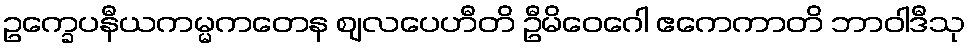
ဥက္ခေပနီယကမ္မကတေန ဈလပေဟီတိ ဦမိဝေဂေါ ဧကေကာတိ ဘာဝါဒီသု